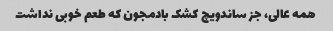
همه عالی، جز ساندویچ کشک بادمجون که طعم خوبی نداشت